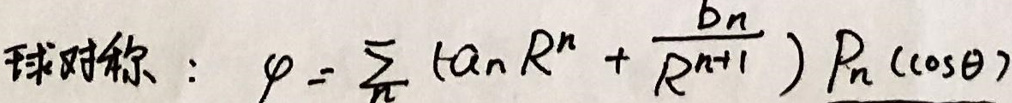
球对称：\(\varphi = \frac{3}{\pi} (\tan R^n + \frac{bn}{R^{n+1}}) R_n (\cos \theta)\)